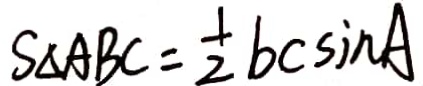
S _ { \Delta } A B C = \frac { 1 } { 2 } b c \sin A